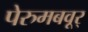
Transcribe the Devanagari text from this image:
पेरुमबवूर्